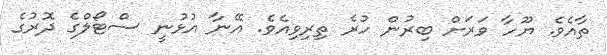
ތާއެވެ. ޔޫހާ ވަރަށް ބިރުން ހުރެ ތިރިވިއެވެ. އޭނާ އުޅުނީ ސްޓޯލްގެ ދޮރުގެ